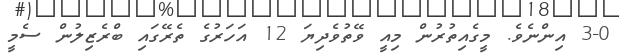
3-0 އިންނެވެ. މީގެއިތުރުން މިއީ ވޭތުވެދިޔަ 12 އަހަރުގެ ތެރޭގައި ބްރެޒިލުން ސެމީ